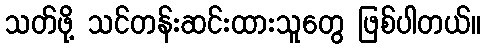
သတ်ဖို့ သင်တန်းဆင်းထားသူတွေ ဖြစ်ပါတယ်။